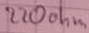
Text: 220ohm